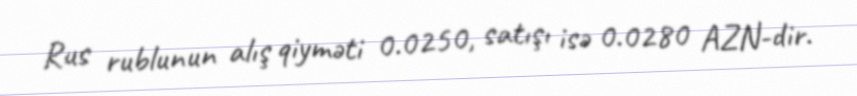
Rus rublunun alış qiyməti 0.0250, satışı isə 0.0280 AZN-dir.